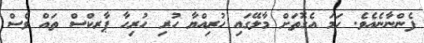
ފެންނާނެއެވެ. ހަމަ އެގޮތަށް މާލޭގައި ހުރިއްޔާ ހުރި ހުރިހާ ޕާރކްސް ތައް ވެސް